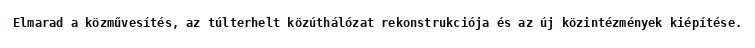
Elmarad a közművesítés, az túlterhelt közúthálózat rekonstrukciója és az új közintézmények kiépítése.